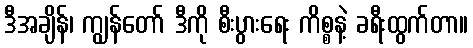
ဒီအချိန်၊ ကျွန်တော် ဒီကို စီးပွားရေး ကိစ္စနဲ့ ခရီးထွက်တာ။